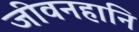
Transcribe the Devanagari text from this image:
जीवनहानि